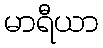
မာရီယာ